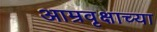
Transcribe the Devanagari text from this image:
आम्रवृक्षाच्या